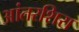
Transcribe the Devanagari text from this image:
आंतरशिरा